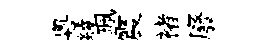
粵綾珮震褚廢